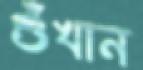
শুঁখান